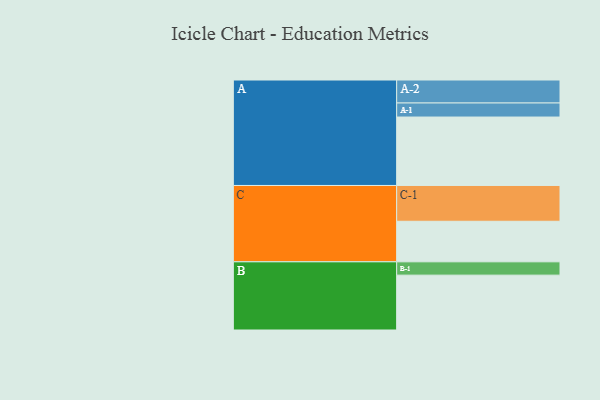
{"axis": {"x": "Segment", "y": "Value"}, "legend": ["", "A", "B", "C"], "data": [{"x": "A", "y": 545, "type": ""}, {"x": "B", "y": 437, "type": ""}, {"x": "C", "y": 323, "type": ""}, {"x": "A-1", "y": 112, "type": "A"}, {"x": "A-2", "y": 183, "type": "A"}, {"x": "B-1", "y": 106, "type": "B"}, {"x": "C-1", "y": 285, "type": "C"}]}